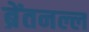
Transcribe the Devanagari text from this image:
ब्रेंतनल्ल